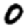
Digit: 0